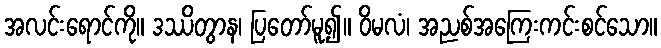
အလင်းရောင်ကို။ ဒဿိတွာန၊ ပြတော်မူ၍။ ဝိမလံ၊ အညစ်အကြေးကင်းစင်သော။